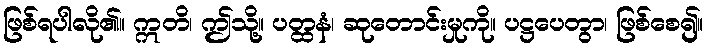
ဖြစ်ရပါလို၏။ ဣတိ၊ ဤသို့။ ပတ္ထနံ၊ ဆုတောင်းမှုကို။ ပဋ္ဌပေတွာ၊ ဖြစ်စေ၍။